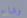
وشاح